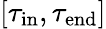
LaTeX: [\tau_{\mathrm{in}},\tau_{\mathrm{end}}]